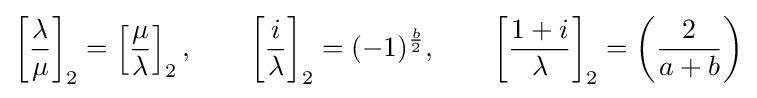
\left[{\frac {\lambda }{\mu }}\right]_{2}=\left[{\frac {\mu }{\lambda }}\right]_{2},\qquad \left[{\frac {i}{\lambda }}\right]_{2}=(-1)^{\frac {b}{2}},\qquad \left[{\frac {1+i}{\lambda }}\right]_{2}=\left({\frac {2}{a+b}}\right)